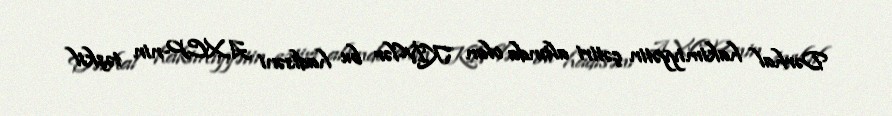
Dərhal hakimiyyətin çətiri altında olan KİV-lər bu hadisəni AXCP-nin təşkil